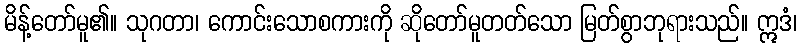
မိန့်တော်မူ၏။ သုဂတာ၊ ကောင်းသောစကားကို ဆိုတော်မူတတ်သော မြတ်စွာဘုရားသည်။ ဣဒံ၊